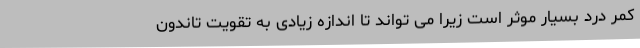
کمر درد بسیار موثر است زیرا می تواند تا اندازه زیادی به تقویت تاندون